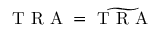
\mathrm { ~ T ~ R ~ A ~ } = \widetilde { \mathrm { ~ T ~ R ~ A ~ } }